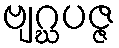
ဗျဂ္ဃပဇ္ဇ